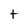
Character: t